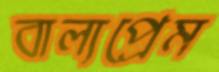
বাল্যপ্রেম